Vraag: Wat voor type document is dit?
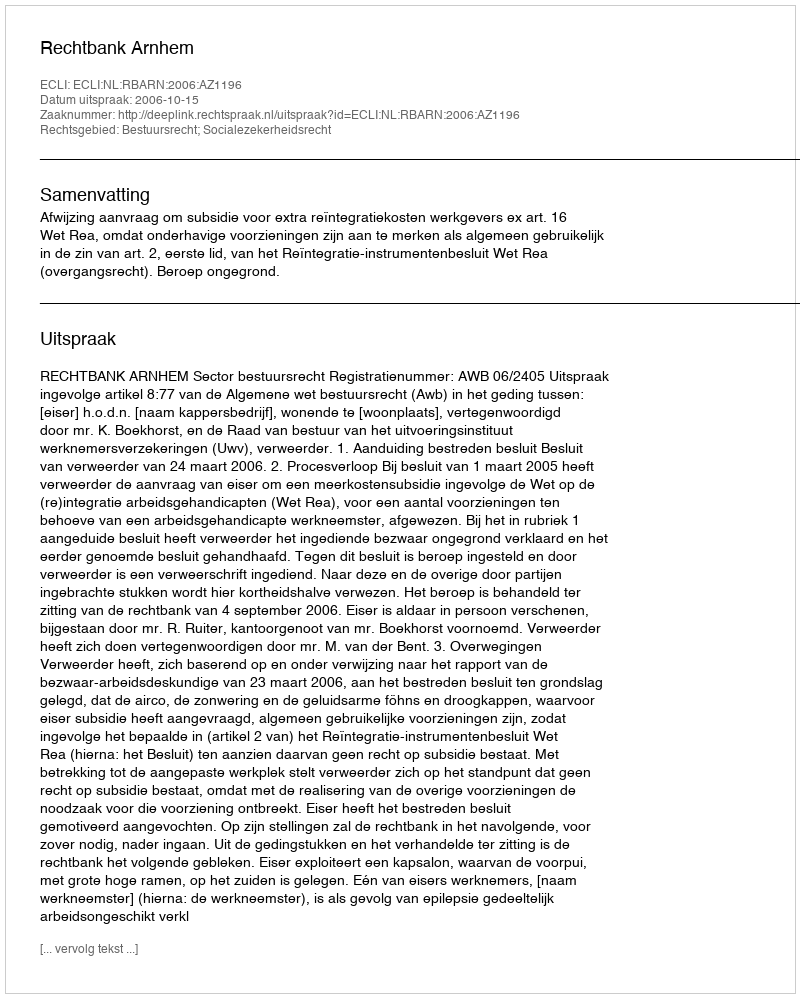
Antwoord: Uitspraak